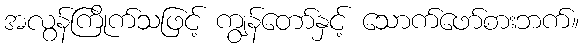
အလွန်ကြိုက်သဖြင့် ကျွန်တော်နှင့် သောက်ဖော်စားဘက်။